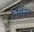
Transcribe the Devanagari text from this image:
निर्धरण